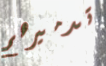
تدميرهم